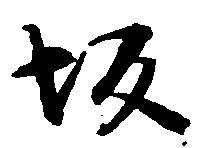
坂